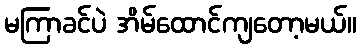
မကြာခင်ပဲ အိမ်ထောင်ကျတော့မယ်။